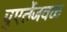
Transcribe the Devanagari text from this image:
पुएर्तेजवळ